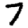
Digit: 7